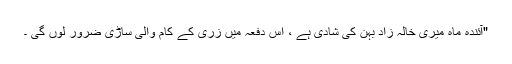
"آئندہ ماہ میری خالہ زاد بہن کی شادی ہے ، اس دفعہ میں زری کے کام والی ساڑی ضرور لوں گی ۔